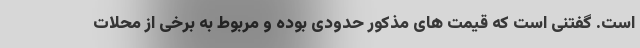
است. گفتنی است که قیمت های مذکور حدودی بوده و مربوط به برخی از محلات